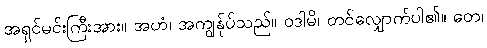
အရှင်မင်းကြီးအား။ အဟံ၊ အကျွန်ုပ်သည်။ ဝဒါမိ၊ တင်လျှောက်ပါ၏။ တေ၊